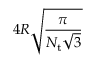
4 R \sqrt { \frac { \pi } { N _ { \mathrm { t } } \sqrt { 3 } } }